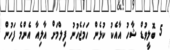
5 ބޮލީވުޑް ޝާހު އާއެކު ކުޅެން ހަމަޖެހުނު ފިލްމަށް އާލިއާ އެންމެ ފަހުން